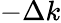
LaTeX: -\Delta k